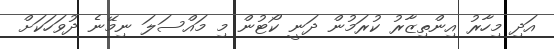
އަދި މިހާރު އިންތިޒާރު ކުރަމުން ދަނީ ކޯޓުން މި މައްސަލަ ނިމޭނެ ދުވަހަކަށް